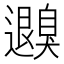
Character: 𦤮